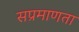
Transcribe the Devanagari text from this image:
सप्रमाणता